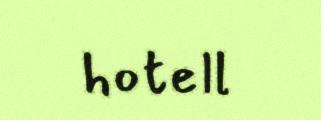
hotell